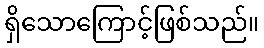
ရှိသောကြောင့်ဖြစ်သည်။